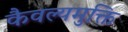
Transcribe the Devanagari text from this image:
कैवल्यमुक्ति